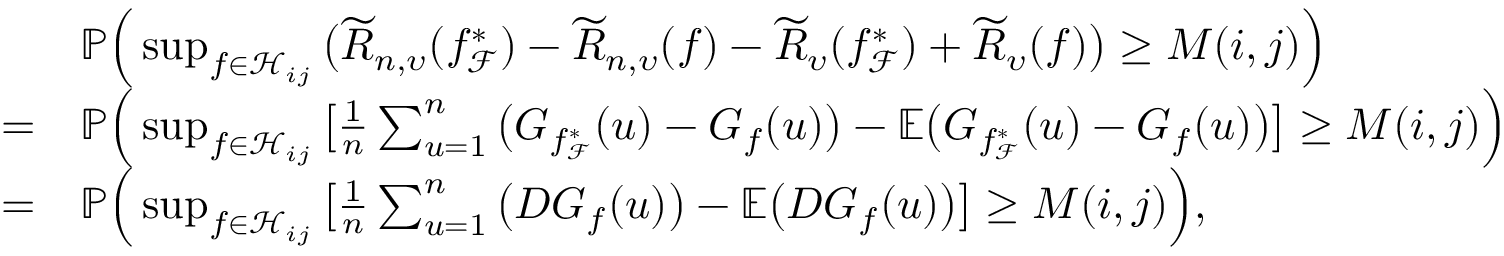
\begin{array} { r l } & { \mathbb { P } \Big ( \operatorname* { s u p } _ { f \in \mathcal { H } _ { i j } } \big ( \widetilde { R } _ { n , \upsilon } ( f _ { \mathcal { F } } ^ { * } ) - \widetilde { R } _ { n , \upsilon } ( f ) - \widetilde { R } _ { \upsilon } ( f _ { \mathcal { F } } ^ { * } ) + \widetilde { R } _ { \upsilon } ( f ) \big ) \geq M ( i , j ) \Big ) } \\ { = } & { \mathbb { P } \Big ( \operatorname* { s u p } _ { f \in \mathcal { H } _ { i j } } \big [ \frac { 1 } { n } \sum _ { u = 1 } ^ { n } \big ( G _ { f _ { \mathcal { F } } ^ { * } } ( u ) - G _ { f } ( u ) \big ) - \mathbb { E } \big ( G _ { f _ { \mathcal { F } } ^ { * } } ( u ) - G _ { f } ( u ) \big ) \big ] \geq M ( i , j ) \Big ) } \\ { = } & { \mathbb { P } \Big ( \operatorname* { s u p } _ { f \in \mathcal { H } _ { i j } } \big [ \frac { 1 } { n } \sum _ { u = 1 } ^ { n } \big ( D G _ { f } ( u ) \big ) - \mathbb { E } \big ( D G _ { f } ( u ) \big ) \big ] \geq M ( i , j ) \Big ) , } \end{array}